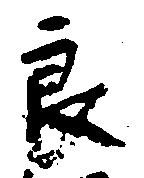
良